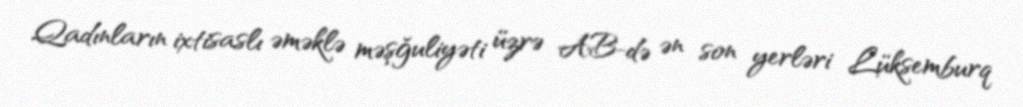
Qadınların ixtisaslı əməklə məşğuliyəti üzrə AB-də ən son yerləri Lüksemburq